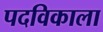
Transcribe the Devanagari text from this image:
पदविकाला